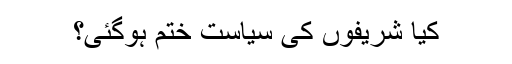
کیا شریفوں کی سیاست ختم ہوگئی؟